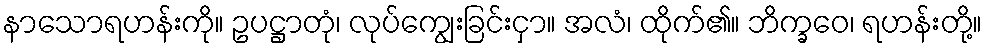
နာသောရဟန်းကို။ ဥပဋ္ဌာတုံ၊ လုပ်ကျွေးခြင်းငှာ။ အလံ၊ ထိုက်၏။ ဘိက္ခဝေ၊ ရဟန်းတို့။